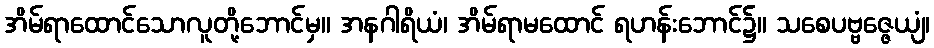
အိမ်ရာထောင်သောလူတို့ဘောင်မှ။ အနဂါရိယံ၊ အိမ်ရာမထောင် ရဟန်းဘောင်၌။ သစေပဗ္ဗဇ္ဇေယျံ၊